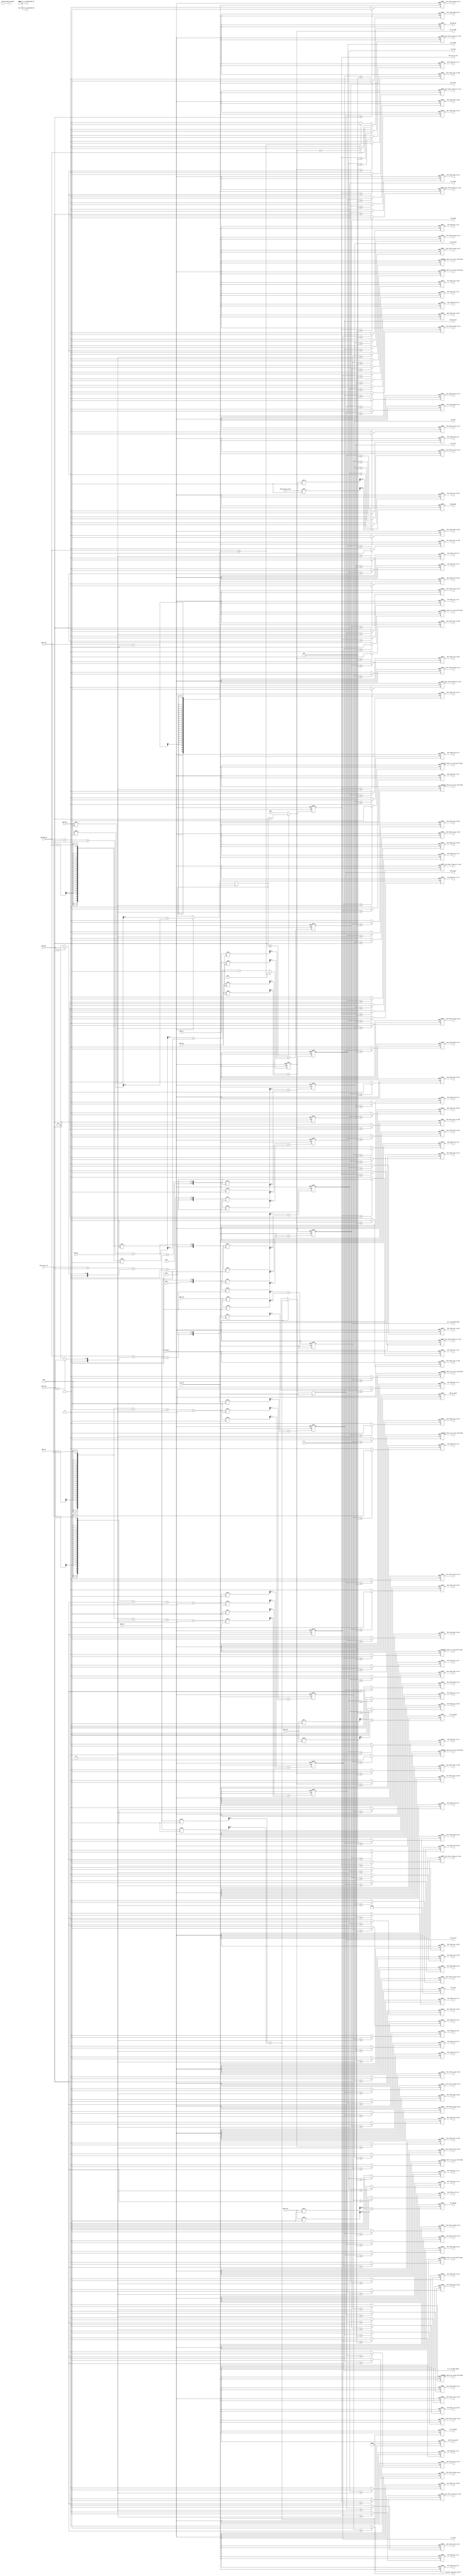
//Legal Notice: (C)2010 Altera Corporation. All rights reserved.  Your
//use of Altera Corporation's design tools, logic functions and other
//software and tools, and its AMPP partner logic functions, and any
//output files any of the foregoing (including device programming or
//simulation files), and any associated documentation or information are
//expressly subject to the terms and conditions of the Altera Program
//License Subscription Agreement or other applicable license agreement,
//including, without limitation, that your use is for the sole purpose
//of programming logic devices manufactured by Altera and sold by Altera
//or its authorized distributors.  Please refer to the applicable
//agreement for further details.

///////////////////////////////////////////////////////////////////////////////
// Title         : 
//
//
// Abstract      : 
///////////////////////////////////////////////////////////////////////////////

module alt_ddrx_timing_param #
    ( parameter
        MEM_IF_RD_TO_WR_TURNAROUND_OCT            = 0,
        MEM_IF_WR_TO_RD_TURNAROUND_OCT            = 0,
        MEM_IF_WR_TO_RD_DIFF_CHIPS_TURNAROUND_OCT = 0,
        
        MEM_TYPE                                  = "DDR3",
        
        DWIDTH_RATIO                              = 2,              // 2 - fullrate, 4 - halfrate
        MEMORY_BURSTLENGTH                        = 8,
        
        // timing parameters width
        CAS_WR_LAT_BUS_WIDTH                      = 4,              // max will be 8 in DDR3
        ADD_LAT_BUS_WIDTH                         = 3,              // max will be 6 in DDR2
        TCL_BUS_WIDTH                             = 4,              // max will be 11 in DDR3
        TRRD_BUS_WIDTH                            = 4,              // 2 - 8
        TFAW_BUS_WIDTH                            = 6,              // 6 - 32
        TRFC_BUS_WIDTH                            = 8,              // 12 - 140?
        TREFI_BUS_WIDTH                           = 13,             // 780 - 6240
        TRCD_BUS_WIDTH                            = 4,              // 2 - 11
        TRP_BUS_WIDTH                             = 4,              // 2 - 11
        TWR_BUS_WIDTH                             = 4,              // 2 - 12
        TWTR_BUS_WIDTH                            = 4,              // 1 - 10
        TRTP_BUS_WIDTH                            = 4,              // 2 - 8
        TRAS_BUS_WIDTH                            = 5,              // 4 - 29
        TRC_BUS_WIDTH                             = 6,              // 8 - 40
        AUTO_PD_BUS_WIDTH                         = 16,             // same as CSR
        
        BURST_LENGTH_BUS_WIDTH                    = 4,
        SELF_RFSH_EXIT_CYCLES_BUS_WIDTH           = 10,
        ACT_TO_RDWR_WIDTH                         = 4,
        ACT_TO_PCH_WIDTH                          = 5,
        ACT_TO_ACT_WIDTH                          = 6,
        RD_TO_RD_WIDTH                            = 3,
        RD_TO_WR_WIDTH                            = 5,
        RD_TO_WR_BC_WIDTH                         = 4,
        RD_TO_PCH_WIDTH                           = 4,
        WR_TO_WR_WIDTH                            = 3,
        WR_TO_RD_WIDTH                            = 5,
        WR_TO_PCH_WIDTH                           = 5,
        RD_AP_TO_ACT_WIDTH                        = 5,
        WR_AP_TO_ACT_WIDTH                        = 6,
        PCH_TO_ACT_WIDTH                          = 4,
        PCH_ALL_TO_VALID_WIDTH                    = 4,
        ARF_TO_VALID_WIDTH                        = 8,
        PDN_TO_VALID_WIDTH                        = 2,
        SRF_TO_VALID_WIDTH                        = 10,
        ARF_PERIOD_WIDTH                          = 13,
        PDN_PERIOD_WIDTH                          = 16,
        ACT_TO_ACT_DIFF_BANK_WIDTH                = 4,
        FOUR_ACT_TO_ACT_WIDTH                     = 6
    )
    (
        ctl_clk,
        ctl_reset_n,
        
        // timing parameters
        mem_cas_wr_lat,
        mem_add_lat,
        mem_tcl,
        mem_trrd,
        mem_tfaw,
        mem_trfc,
        mem_trefi,
        mem_trcd,
        mem_trp,
        mem_twr,
        mem_twtr,
        mem_trtp,
        mem_tras,
        mem_trc,
        mem_auto_pd_cycles,
        
        // timing value outputs
        mem_burst_length,
        mem_self_rfsh_exit_cycles,
        mem_rd_to_wr_turnaround_oct,
        mem_wr_to_rd_turnaround_oct,
        act_to_rdwr,
        act_to_pch,
        act_to_act,
        rd_to_rd,
        rd_to_wr,
        rd_to_wr_bc,
        rd_to_pch,
        wr_to_wr,
        wr_to_rd,
        wr_to_rd_diff_chips,
        wr_to_pch,
        rd_ap_to_act,
        wr_ap_to_act,
        pch_to_act,
        pch_all_to_valid,
        arf_to_valid,
        pdn_to_valid,
        srf_to_valid,
        srf_to_zq,
        arf_period,
        pdn_period,
        act_to_act_diff_bank,
        four_act_to_act,
        
        // timing value comparison outputs
        more_than_2_act_to_rdwr,
        more_than_2_act_to_pch,
        more_than_2_act_to_act,
        more_than_2_rd_to_rd,
        more_than_2_rd_to_wr,
        more_than_2_rd_to_wr_bc,
        more_than_2_rd_to_pch,
        more_than_2_wr_to_wr,
        more_than_2_wr_to_rd,
        more_than_2_wr_to_pch,
        more_than_2_rd_ap_to_act,
        more_than_2_wr_ap_to_act,
        more_than_2_pch_to_act,
        more_than_2_act_to_act_diff_bank,
        more_than_2_four_act_to_act,
        less_than_2_act_to_rdwr,
        less_than_2_act_to_pch,
        less_than_2_act_to_act,
        less_than_2_rd_to_rd,
        less_than_2_rd_to_wr,
        less_than_2_rd_to_wr_bc,
        less_than_2_rd_to_pch,
        less_than_2_wr_to_wr,
        less_than_2_wr_to_rd,
        less_than_2_wr_to_rd_diff_chips,
        less_than_2_wr_to_pch,
        less_than_2_rd_ap_to_act,
        less_than_2_wr_ap_to_act,
        less_than_2_pch_to_act,
        less_than_2_act_to_act_diff_bank,
        less_than_2_four_act_to_act,
        more_than_3_act_to_rdwr,
        more_than_3_act_to_pch,
        more_than_3_act_to_act,
        more_than_3_rd_to_rd,
        more_than_3_rd_to_wr,
        more_than_3_rd_to_wr_bc,
        more_than_3_rd_to_pch,
        more_than_3_wr_to_wr,
        more_than_3_wr_to_rd,
        more_than_3_wr_to_pch,
        more_than_3_rd_ap_to_act,
        more_than_3_wr_ap_to_act,
        more_than_3_pch_to_act,
        more_than_3_act_to_act_diff_bank,
        more_than_3_four_act_to_act,
        less_than_3_act_to_rdwr,
        less_than_3_act_to_pch,
        less_than_3_act_to_act,
        less_than_3_rd_to_rd,
        less_than_3_rd_to_wr,
        less_than_3_rd_to_wr_bc,
        less_than_3_rd_to_pch,
        less_than_3_wr_to_wr,
        less_than_3_wr_to_rd,
        less_than_3_wr_to_rd_diff_chips,
        less_than_3_wr_to_pch,
        less_than_3_rd_ap_to_act,
        less_than_3_wr_ap_to_act,
        less_than_3_pch_to_act,
        less_than_3_act_to_act_diff_bank,
        less_than_3_four_act_to_act,
        more_than_4_act_to_rdwr,
        more_than_4_act_to_pch,
        more_than_4_act_to_act,
        more_than_4_rd_to_rd,
        more_than_4_rd_to_wr,
        more_than_4_rd_to_wr_bc,
        more_than_4_rd_to_pch,
        more_than_4_wr_to_wr,
        more_than_4_wr_to_rd,
        more_than_4_wr_to_pch,
        more_than_4_rd_ap_to_act,
        more_than_4_wr_ap_to_act,
        more_than_4_pch_to_act,
        more_than_4_act_to_act_diff_bank,
        more_than_4_four_act_to_act,
        less_than_4_act_to_rdwr,
        less_than_4_act_to_pch,
        less_than_4_act_to_act,
        less_than_4_rd_to_rd,
        less_than_4_rd_to_wr,
        less_than_4_rd_to_wr_bc,
        less_than_4_rd_to_pch,
        less_than_4_wr_to_wr,
        less_than_4_wr_to_rd,
        less_than_4_wr_to_rd_diff_chips,
        less_than_4_wr_to_pch,
        less_than_4_rd_ap_to_act,
        less_than_4_wr_ap_to_act,
        less_than_4_pch_to_act,
        less_than_4_act_to_act_diff_bank,
        less_than_4_four_act_to_act,
        more_than_5_act_to_rdwr,
        more_than_5_act_to_pch,
        more_than_5_act_to_act,
        more_than_5_rd_to_rd,
        more_than_5_rd_to_wr,
        more_than_5_rd_to_wr_bc,
        more_than_5_rd_to_pch,
        more_than_5_wr_to_wr,
        more_than_5_wr_to_rd,
        more_than_5_wr_to_pch,
        more_than_5_rd_ap_to_act,
        more_than_5_wr_ap_to_act,
        more_than_5_pch_to_act,
        more_than_5_act_to_act_diff_bank,
        more_than_5_four_act_to_act,
        less_than_5_act_to_rdwr,
        less_than_5_act_to_pch,
        less_than_5_act_to_act,
        less_than_5_rd_to_rd,
        less_than_5_rd_to_wr,
        less_than_5_rd_to_wr_bc,
        less_than_5_rd_to_pch,
        less_than_5_wr_to_wr,
        less_than_5_wr_to_rd,
        less_than_5_wr_to_rd_diff_chips,
        less_than_5_wr_to_pch,
        less_than_5_rd_ap_to_act,
        less_than_5_wr_ap_to_act,
        less_than_5_pch_to_act,
        less_than_5_act_to_act_diff_bank,
        less_than_5_four_act_to_act,
        
        add_lat_on
    );

input  ctl_clk;
input  ctl_reset_n;

// timing parameters
input  [CAS_WR_LAT_BUS_WIDTH - 1 : 0] mem_cas_wr_lat;
input  [ADD_LAT_BUS_WIDTH    - 1 : 0] mem_add_lat;
input  [TCL_BUS_WIDTH        - 1 : 0] mem_tcl;
input  [TRRD_BUS_WIDTH       - 1 : 0] mem_trrd;
input  [TFAW_BUS_WIDTH       - 1 : 0] mem_tfaw;
input  [TRFC_BUS_WIDTH       - 1 : 0] mem_trfc;
input  [TREFI_BUS_WIDTH      - 1 : 0] mem_trefi;
input  [TRCD_BUS_WIDTH       - 1 : 0] mem_trcd;
input  [TRP_BUS_WIDTH        - 1 : 0] mem_trp;
input  [TWR_BUS_WIDTH        - 1 : 0] mem_twr;
input  [TWTR_BUS_WIDTH       - 1 : 0] mem_twtr;
input  [TRTP_BUS_WIDTH       - 1 : 0] mem_trtp;
input  [TRAS_BUS_WIDTH       - 1 : 0] mem_tras;
input  [TRC_BUS_WIDTH        - 1 : 0] mem_trc;
input  [AUTO_PD_BUS_WIDTH    - 1 : 0] mem_auto_pd_cycles;

// timing value outputs
output [BURST_LENGTH_BUS_WIDTH          - 1 : 0] mem_burst_length;
output [SELF_RFSH_EXIT_CYCLES_BUS_WIDTH - 1 : 0] mem_self_rfsh_exit_cycles;
output [RD_TO_WR_WIDTH                  - 1 : 0] mem_rd_to_wr_turnaround_oct;
output [WR_TO_RD_WIDTH                  - 1 : 0] mem_wr_to_rd_turnaround_oct;
output [ACT_TO_RDWR_WIDTH               - 1 : 0] act_to_rdwr;
output [ACT_TO_PCH_WIDTH                - 1 : 0] act_to_pch;
output [ACT_TO_ACT_WIDTH                - 1 : 0] act_to_act;
output [RD_TO_RD_WIDTH                  - 1 : 0] rd_to_rd;
output [RD_TO_WR_WIDTH                  - 1 : 0] rd_to_wr;
output [RD_TO_WR_BC_WIDTH               - 1 : 0] rd_to_wr_bc;
output [RD_TO_PCH_WIDTH                 - 1 : 0] rd_to_pch;
output [WR_TO_WR_WIDTH                  - 1 : 0] wr_to_wr;
output [WR_TO_RD_WIDTH                  - 1 : 0] wr_to_rd;
output [WR_TO_RD_WIDTH                  - 1 : 0] wr_to_rd_diff_chips;
output [WR_TO_PCH_WIDTH                 - 1 : 0] wr_to_pch;
output [RD_AP_TO_ACT_WIDTH              - 1 : 0] rd_ap_to_act;
output [WR_AP_TO_ACT_WIDTH              - 1 : 0] wr_ap_to_act;
output [PCH_TO_ACT_WIDTH                - 1 : 0] pch_to_act;
output [PCH_ALL_TO_VALID_WIDTH          - 1 : 0] pch_all_to_valid;
output [ARF_TO_VALID_WIDTH              - 1 : 0] arf_to_valid;
output [PDN_TO_VALID_WIDTH              - 1 : 0] pdn_to_valid;
output [SRF_TO_VALID_WIDTH              - 1 : 0] srf_to_valid;
output [SRF_TO_VALID_WIDTH              - 1 : 0] srf_to_zq;
output [ARF_PERIOD_WIDTH                - 1 : 0] arf_period;
output [PDN_PERIOD_WIDTH                - 1 : 0] pdn_period;
output [ACT_TO_ACT_DIFF_BANK_WIDTH      - 1 : 0] act_to_act_diff_bank;
output [FOUR_ACT_TO_ACT_WIDTH           - 1 : 0] four_act_to_act;

// timing value comparison outputs
output more_than_2_act_to_rdwr;
output more_than_2_act_to_pch;
output more_than_2_act_to_act;
output more_than_2_rd_to_rd;
output more_than_2_rd_to_wr;
output more_than_2_rd_to_wr_bc;
output more_than_2_rd_to_pch;
output more_than_2_wr_to_wr;
output more_than_2_wr_to_rd;
output more_than_2_wr_to_pch;
output more_than_2_rd_ap_to_act;
output more_than_2_wr_ap_to_act;
output more_than_2_pch_to_act;
output more_than_2_act_to_act_diff_bank;
output more_than_2_four_act_to_act;
output less_than_2_act_to_rdwr;
output less_than_2_act_to_pch;
output less_than_2_act_to_act;
output less_than_2_rd_to_rd;
output less_than_2_rd_to_wr;
output less_than_2_rd_to_wr_bc;
output less_than_2_rd_to_pch;
output less_than_2_wr_to_wr;
output less_than_2_wr_to_rd;
output less_than_2_wr_to_rd_diff_chips;
output less_than_2_wr_to_pch;
output less_than_2_rd_ap_to_act;
output less_than_2_wr_ap_to_act;
output less_than_2_pch_to_act;
output less_than_2_act_to_act_diff_bank;
output less_than_2_four_act_to_act;
output more_than_3_act_to_rdwr;
output more_than_3_act_to_pch;
output more_than_3_act_to_act;
output more_than_3_rd_to_rd;
output more_than_3_rd_to_wr;
output more_than_3_rd_to_wr_bc;
output more_than_3_rd_to_pch;
output more_than_3_wr_to_wr;
output more_than_3_wr_to_rd;
output more_than_3_wr_to_pch;
output more_than_3_rd_ap_to_act;
output more_than_3_wr_ap_to_act;
output more_than_3_pch_to_act;
output more_than_3_act_to_act_diff_bank;
output more_than_3_four_act_to_act;
output less_than_3_act_to_rdwr;
output less_than_3_act_to_pch;
output less_than_3_act_to_act;
output less_than_3_rd_to_rd;
output less_than_3_rd_to_wr;
output less_than_3_rd_to_wr_bc;
output less_than_3_rd_to_pch;
output less_than_3_wr_to_wr;
output less_than_3_wr_to_rd;
output less_than_3_wr_to_rd_diff_chips;
output less_than_3_wr_to_pch;
output less_than_3_rd_ap_to_act;
output less_than_3_wr_ap_to_act;
output less_than_3_pch_to_act;
output less_than_3_act_to_act_diff_bank;
output less_than_3_four_act_to_act;
output more_than_4_act_to_rdwr;
output more_than_4_act_to_pch;
output more_than_4_act_to_act;
output more_than_4_rd_to_rd;
output more_than_4_rd_to_wr;
output more_than_4_rd_to_wr_bc;
output more_than_4_rd_to_pch;
output more_than_4_wr_to_wr;
output more_than_4_wr_to_rd;
output more_than_4_wr_to_pch;
output more_than_4_rd_ap_to_act;
output more_than_4_wr_ap_to_act;
output more_than_4_pch_to_act;
output more_than_4_act_to_act_diff_bank;
output more_than_4_four_act_to_act;
output less_than_4_act_to_rdwr;
output less_than_4_act_to_pch;
output less_than_4_act_to_act;
output less_than_4_rd_to_rd;
output less_than_4_rd_to_wr;
output less_than_4_rd_to_wr_bc;
output less_than_4_rd_to_pch;
output less_than_4_wr_to_wr;
output less_than_4_wr_to_rd;
output less_than_4_wr_to_rd_diff_chips;
output less_than_4_wr_to_pch;
output less_than_4_rd_ap_to_act;
output less_than_4_wr_ap_to_act;
output less_than_4_pch_to_act;
output less_than_4_act_to_act_diff_bank;
output less_than_4_four_act_to_act;
output more_than_5_act_to_rdwr;
output more_than_5_act_to_pch;
output more_than_5_act_to_act;
output more_than_5_rd_to_rd;
output more_than_5_rd_to_wr;
output more_than_5_rd_to_wr_bc;
output more_than_5_rd_to_pch;
output more_than_5_wr_to_wr;
output more_than_5_wr_to_rd;
output more_than_5_wr_to_pch;
output more_than_5_rd_ap_to_act;
output more_than_5_wr_ap_to_act;
output more_than_5_pch_to_act;
output more_than_5_act_to_act_diff_bank;
output more_than_5_four_act_to_act;
output less_than_5_act_to_rdwr;
output less_than_5_act_to_pch;
output less_than_5_act_to_act;
output less_than_5_rd_to_rd;
output less_than_5_rd_to_wr;
output less_than_5_rd_to_wr_bc;
output less_than_5_rd_to_pch;
output less_than_5_wr_to_wr;
output less_than_5_wr_to_rd;
output less_than_5_wr_to_rd_diff_chips;
output less_than_5_wr_to_pch;
output less_than_5_rd_ap_to_act;
output less_than_5_wr_ap_to_act;
output less_than_5_pch_to_act;
output less_than_5_act_to_act_diff_bank;
output less_than_5_four_act_to_act;

output add_lat_on;

//---------------------------------------------------------------------------------------------------------------------------------------------------------------------------

/*------------------------------------------------------------------------------

    [START] Timing Parameters

------------------------------------------------------------------------------*/
    wire [BURST_LENGTH_BUS_WIDTH          - 1 : 0] mem_burst_length                       = MEMORY_BURSTLENGTH;
    wire [SELF_RFSH_EXIT_CYCLES_BUS_WIDTH - 1 : 0] mem_self_rfsh_exit_cycles              = (MEM_TYPE == "DDR3") ? 520 : 210; // added extra cycles
    
    wire [RD_TO_WR_WIDTH                  - 1 : 0] mem_rd_to_wr_turnaround_oct            = MEM_IF_RD_TO_WR_TURNAROUND_OCT;
    wire [WR_TO_RD_WIDTH                  - 1 : 0] mem_wr_to_rd_turnaround_oct            = MEM_IF_WR_TO_RD_TURNAROUND_OCT;
    wire [WR_TO_RD_WIDTH                  - 1 : 0] mem_wr_to_rd_diff_chips_turnaround_oct = MEM_IF_WR_TO_RD_DIFF_CHIPS_TURNAROUND_OCT;
    
    // activate
    reg [ACT_TO_RDWR_WIDTH                - 1 : 0] act_to_rdwr;
    reg [ACT_TO_PCH_WIDTH                 - 1 : 0] act_to_pch;
    reg [ACT_TO_ACT_WIDTH                 - 1 : 0] act_to_act;
    
    // read
    reg [RD_TO_RD_WIDTH                   - 1 : 0] rd_to_rd;
    reg [RD_TO_WR_WIDTH                   - 1 : 0] rd_to_wr;
    reg [RD_TO_WR_BC_WIDTH                - 1 : 0] rd_to_wr_bc;           // Burst chop support, only affects DDR3 RD - WR
    reg [RD_TO_PCH_WIDTH                  - 1 : 0] rd_to_pch;
    
    // write
    reg [WR_TO_WR_WIDTH                   - 1 : 0] wr_to_wr;
    reg [WR_TO_RD_WIDTH                   - 1 : 0] wr_to_rd;
    reg [WR_TO_RD_WIDTH                   - 1 : 0] wr_to_rd_diff_chips;
    reg [WR_TO_PCH_WIDTH                  - 1 : 0] wr_to_pch;
    
    // auto precharge
    reg [RD_AP_TO_ACT_WIDTH               - 1 : 0] rd_ap_to_act;
    reg [WR_AP_TO_ACT_WIDTH               - 1 : 0] wr_ap_to_act;
    
    // precharge
    reg [PCH_TO_ACT_WIDTH                 - 1 : 0] pch_to_act;
    reg [PCH_ALL_TO_VALID_WIDTH           - 1 : 0] pch_all_to_valid;
    
    // others
    reg [ARF_TO_VALID_WIDTH               - 1 : 0] arf_to_valid;           // tRFC
    reg [PDN_TO_VALID_WIDTH               - 1 : 0] pdn_to_valid;           // power down exit time, not used currently
    reg [SRF_TO_VALID_WIDTH               - 1 : 0] srf_to_valid;           // self refresh exit time
    reg [SRF_TO_VALID_WIDTH               - 1 : 0] srf_to_zq;              // self refresh to ZQ calibration
    
    reg [ARF_PERIOD_WIDTH                 - 1 : 0] arf_period;             // tREFI
    reg [PDN_PERIOD_WIDTH                 - 1 : 0] pdn_period;             // will request power down if controller is idle for X number of clock cycles
    reg [ACT_TO_ACT_DIFF_BANK_WIDTH       - 1 : 0] act_to_act_diff_bank;   // tRRD
    reg [FOUR_ACT_TO_ACT_WIDTH            - 1 : 0] four_act_to_act;        // tFAW
    
    reg [FOUR_ACT_TO_ACT_WIDTH            - 1 : 0] temp_four_act_to_act;
    
    reg                                            add_lat_on;
    
    // DIV is a divider for our timinf parameters, DIV will be '1' in fullrate and '2' in halfrate
    localparam DIV = DWIDTH_RATIO / 2;
    
    // All timing parameters will be divided by DIV and added with modulo of DIV
    // This is to maximize out timing parameter in our halfrate memory controller
    // eg: if we have 5 + 4 + 3 = 12 which is an odd number, the desired value we need in halfrate is 6
    // we don't want to divide all timing parameters in Java by '2'
    // because this will result in 3 + 2 + 2 = 7 (5/2 gives 3 because we don't want any floating points in RTL)
    
    // Common timing parameters
    always @ (posedge ctl_clk or negedge ctl_reset_n)
    begin
        if (!ctl_reset_n)
        begin
            act_to_rdwr          <= 0;
            act_to_pch           <= 0;
            act_to_act           <= 0;
            arf_to_valid         <= 0;
            pdn_to_valid         <= 0;
            srf_to_valid         <= 0;
            arf_period           <= 0;
            pdn_period           <= 0;
            act_to_act_diff_bank <= 0;
            four_act_to_act      <= 0;
        end
        else
        begin
            // Set act_to_rdwr to zero when additive latency is enabled
            if (mem_add_lat >= (mem_trcd - 1))
                act_to_rdwr      <= 0;
            else
                act_to_rdwr      <= ((mem_trcd - mem_add_lat)  / DIV) + ((mem_trcd - mem_add_lat)  % DIV) - 1;   // ACT to RD/WR                         - tRCD (minus '1' because state machine requires another extra clock cycle for pre-processing)
            
            
            act_to_pch           <= (mem_tras                  / DIV) + (mem_tras                  % DIV);       // ACT to PCH                           - tRAS
            act_to_act           <= (mem_trc                   / DIV) + (mem_trc                   % DIV);       // ACT to ACT (same bank)               - tRC
            
            pch_to_act           <= (mem_trp                   / DIV) + (mem_trp                   % DIV);       // PCH to ACT                           - tRP
            
            arf_to_valid         <= (mem_trfc                  / DIV) + (mem_trfc                  % DIV);       // ARF to VALID                         - tRFC
            pdn_to_valid         <= (3                         / DIV) + (3                         % DIV);       // PDN to VALID                         - normally 3 clock cycles
            srf_to_valid         <= (mem_self_rfsh_exit_cycles / DIV) + (mem_self_rfsh_exit_cycles % DIV);       // SRF to VALID                         - normally 200 clock cycles
            
            arf_period           <= (mem_trefi                 / DIV) + (mem_trefi                 % DIV);       // ARF period                           - tREFI
            pdn_period           <= (mem_auto_pd_cycles        / DIV) + (mem_auto_pd_cycles        % DIV);       // PDN count after CMD_QUEUE is empty   - spepcified by users, 10 maybe?
            act_to_act_diff_bank <= (mem_trrd                  / DIV) + (mem_trrd                  % DIV);       // ACT to ACT (diff banks)              - tRRD
            
            temp_four_act_to_act <= (mem_tfaw                  / DIV) + (mem_tfaw                  % DIV);
            
            // Prevent four_act_to_act from getting negative value
            if (temp_four_act_to_act >= 4)
                four_act_to_act <= temp_four_act_to_act - 4;                                                     // Valid window for 4 ACT               - tFAW (minus '4' because of the tFAW logic)
            else
                four_act_to_act <= 0;
        end
    end
    
    
    // Memory specific timing parameters
    generate
        if (MEM_TYPE == "DDR")
        begin
            always @ (posedge ctl_clk or negedge ctl_reset_n)
            begin
                if (!ctl_reset_n)
                begin
                    rd_to_rd            <= 0;
                    rd_to_wr            <= 0;
                    rd_to_pch           <= 0;
                    rd_ap_to_act        <= 0;
                    wr_to_wr            <= 0;
                    wr_to_rd            <= 0;
                    wr_to_pch           <= 0;
                    wr_ap_to_act        <= 0;
                    wr_to_rd_diff_chips <= 0;
                    pch_all_to_valid    <= 0;
                end
                else
                begin
                    rd_to_rd            <= ((mem_burst_length / 2) / DIV);                                                                                                                                                          // RD to RD     - tCCD
                    rd_to_wr            <= ((mem_tcl + (mem_burst_length / 2) + mem_rd_to_wr_turnaround_oct) / DIV) + ((mem_tcl + (mem_burst_length / 2) + mem_rd_to_wr_turnaround_oct) % DIV);                 // RD to WR     - CAS + (BL/2)
                    rd_to_pch           <= ((mem_burst_length / 2) / DIV);                                                                                                                                      // RD to PCH    - (BL/2)
                    rd_ap_to_act        <= (((mem_burst_length / 2) + mem_trp) / DIV) + (((mem_burst_length / 2) + mem_trp) % DIV);
                    
                    wr_to_wr            <= ((mem_burst_length / 2) / DIV);                                                                                                                                                          // WR to WR     - tCCD
                    wr_to_rd            <= ((1 + (mem_burst_length / 2) + mem_twtr + mem_wr_to_rd_turnaround_oct) / DIV) + ((1 + (mem_burst_length / 2) + mem_twtr + mem_wr_to_rd_turnaround_oct) % DIV);       // WR to RD     - WL + (BL/2) + tWTR (WL is always 1 in DDR)
                    wr_to_pch           <= ((1 + (mem_burst_length / 2) + mem_twr) / DIV) + ((1 + (mem_burst_length / 2) + mem_twr) % DIV);                                                                     // WR to PCH    - WL + (BL/2) + tWR
                    wr_ap_to_act        <= ((1 + (mem_burst_length / 2) + mem_twr + mem_trp) / DIV) + ((1 + (mem_burst_length / 2) + mem_twr + mem_trp) % DIV);
                    
                    wr_to_rd_diff_chips <= (((mem_burst_length / 2) + 3 + mem_wr_to_rd_diff_chips_turnaround_oct) / DIV) + (((mem_burst_length / 2) + 3 + mem_wr_to_rd_diff_chips_turnaround_oct) % DIV);       // WR to RD different rank  - (WL - RL) + (BL/2) + 2 (dead cycles)
                    
                    pch_all_to_valid    <= (mem_trp / DIV) + (mem_trp % DIV);
                end
            end
        end
        else if (MEM_TYPE == "DDR2")
        begin
            always @ (posedge ctl_clk or negedge ctl_reset_n)
            begin
                if (!ctl_reset_n)
                begin
                    rd_to_rd            <= 0;
                    rd_to_wr            <= 0;
                    rd_to_pch           <= 0;
                    rd_ap_to_act        <= 0;
                    wr_to_wr            <= 0;
                    wr_to_rd            <= 0;
                    wr_to_pch           <= 0;
                    wr_ap_to_act        <= 0;
                    wr_to_rd_diff_chips <= 0;
                    pch_all_to_valid    <= 0;
                end
                else
                begin
                    rd_to_rd            <= ((mem_burst_length / 2) / DIV); // tCCD is 2 but we set to 4 because we do burst length of 8
                    rd_to_wr            <= (((mem_burst_length / 2) + 2 + mem_rd_to_wr_turnaround_oct) / DIV) + (((mem_burst_length / 2) + 2 + mem_rd_to_wr_turnaround_oct) % DIV);
                    rd_to_pch           <= ((mem_add_lat + (mem_burst_length / 2) - 2 + max(mem_trtp, 2)) / DIV) + ((mem_add_lat + (mem_burst_length / 2) - 2 + max(mem_trtp, 2)) % DIV);
                    rd_ap_to_act        <= ((mem_add_lat + (mem_burst_length / 2) - 2 + max(mem_trtp, 2) + mem_trp) / DIV) + ((mem_add_lat + (mem_burst_length / 2) - 2 + max(mem_trtp, 2) + mem_trp) % DIV);
                    
                    wr_to_wr            <= ((mem_burst_length / 2) / DIV); // tCCD is 2 but we set to 4 because we do burst length of 8
                    wr_to_rd            <= ((mem_tcl - 1 + (mem_burst_length / 2) + mem_twtr + mem_wr_to_rd_turnaround_oct) / DIV) + ((mem_tcl - 1 + (mem_burst_length / 2) + mem_twtr + mem_wr_to_rd_turnaround_oct) % DIV); // removed add lat because write and read is CAS command (add lat)
                    wr_to_pch           <= ((mem_add_lat + mem_tcl - 1 + (mem_burst_length / 2) + mem_twr) / DIV) + ((mem_add_lat + mem_tcl - 1 + (mem_burst_length / 2) + mem_twr) % DIV);
                    wr_ap_to_act        <= ((mem_add_lat + mem_tcl - 1 + (mem_burst_length / 2) + mem_twr + mem_trp) / DIV) + ((mem_add_lat + mem_tcl - 1 + (mem_burst_length / 2) + mem_twr + mem_trp) % DIV);
                    
                    wr_to_rd_diff_chips <= (((mem_burst_length / 2) + 1 + mem_wr_to_rd_diff_chips_turnaround_oct) / DIV) + (((mem_burst_length / 2) + 1 + mem_wr_to_rd_diff_chips_turnaround_oct) % DIV);
                    
                    pch_all_to_valid    <= ((mem_trp + 1) / DIV) + ((mem_trp + 1) % DIV); // tRPA = tRP + 1
                end
            end
        end
        else if (MEM_TYPE == "DDR3")
        begin
            always @ (posedge ctl_clk or negedge ctl_reset_n)
            begin
                if (!ctl_reset_n)
                begin
                    rd_to_rd            <= 0;
                    rd_to_wr            <= 0;
                    rd_to_wr_bc         <= 0;
                    rd_to_pch           <= 0;
                    rd_ap_to_act        <= 0;
                    wr_to_wr            <= 0;
                    wr_to_rd            <= 0;
                    wr_to_pch           <= 0;
                    wr_ap_to_act        <= 0;
                    wr_to_rd_diff_chips <= 0;
                    pch_all_to_valid    <= 0;
                    
                    srf_to_zq           <= 0; // DDR3 specific
                end
                else
                begin
                    rd_to_rd            <= ((mem_burst_length / 2) / DIV);
                    rd_to_wr            <= ((mem_tcl - mem_cas_wr_lat + 4 + 2 + mem_rd_to_wr_turnaround_oct) / DIV) + ((mem_tcl - mem_cas_wr_lat + 4 + 2 + mem_rd_to_wr_turnaround_oct) % DIV); // cas lat - cas wr lat + tCCD + 2
                    rd_to_wr_bc         <= ((mem_tcl - mem_cas_wr_lat + 2 + 2 + mem_rd_to_wr_turnaround_oct) / DIV) + ((mem_tcl - mem_cas_wr_lat + 2 + 2 + mem_rd_to_wr_turnaround_oct) % DIV); // tCCD/2 <= 2
                    rd_to_pch           <= ((mem_add_lat + max(mem_trtp, 4)) / DIV) + ((mem_add_lat + max(mem_trtp, 4)) % DIV);
                    rd_ap_to_act        <= ((mem_add_lat + max(mem_trtp, 4) + mem_trp) / DIV) + ((mem_add_lat + max(mem_trtp, 4) + mem_trp) % DIV);
                    
                    wr_to_wr            <= ((mem_burst_length / 2) / DIV);
                    wr_to_rd            <= ((mem_cas_wr_lat + (mem_burst_length / 2) + max(mem_twtr, 4) + mem_wr_to_rd_turnaround_oct) / DIV) + ((mem_cas_wr_lat + (mem_burst_length / 2) + max(mem_twtr, 4) + mem_wr_to_rd_turnaround_oct) % DIV); // reported by Denali, WR to RD delay is add_lat + cas_wr_lat + (bl/2) + max(tCCD or tWTR)
                    wr_to_pch           <= ((mem_add_lat + mem_cas_wr_lat + (mem_burst_length / 2) + mem_twr) / DIV) + ((mem_add_lat + mem_cas_wr_lat + (mem_burst_length / 2) + mem_twr) % DIV);
                    wr_ap_to_act        <= ((mem_add_lat + mem_cas_wr_lat + (mem_burst_length / 2) + mem_twr + mem_trp) / DIV) + ((mem_add_lat + mem_cas_wr_lat + (mem_burst_length / 2) + mem_twr + mem_trp) % DIV);
                    
                    wr_to_rd_diff_chips <= (((mem_cas_wr_lat - mem_tcl) + (mem_burst_length / 2) + 2 + mem_wr_to_rd_diff_chips_turnaround_oct) / DIV) + (((mem_cas_wr_lat - mem_tcl) + (mem_burst_length / 2) + 2 + mem_wr_to_rd_diff_chips_turnaround_oct) % DIV);
                    
                    pch_all_to_valid    <= (mem_trp / DIV) + (mem_trp % DIV);
                    
                    srf_to_zq           <= (256 / DIV);
                end
            end
        end
    endgenerate
    
    // function to determine max of 2 inputs
    function [WR_TO_RD_WIDTH - 1 : 0] max;
        input [WR_TO_RD_WIDTH - 1 : 0] value1;
        input [WR_TO_RD_WIDTH - 1 : 0] value2;
        begin
            if (value1 > value2)
                max = value1;
            else
                max = value2;
        end
    endfunction
    
    // indicate additive latency is on to state machine
    always @ (posedge ctl_clk or negedge ctl_reset_n)
    begin
        if (!ctl_reset_n)
        begin
            add_lat_on <= 1'b0;
        end
        else
        begin
            if (mem_add_lat == 0)
            begin
                if (act_to_rdwr == 0)
                    add_lat_on <= 1'b1;
                else
                    add_lat_on <= 1'b0;
            end
            else
            begin
                // if AL is greater than tRCD-1, then we can do back to back activate-read/write
                if (mem_add_lat >= (mem_trcd - 1))
                    add_lat_on <= 1'b1;
                else
                    add_lat_on <= 1'b0;
            end
        end
    end
/*------------------------------------------------------------------------------

    [END] Timing Parameters

------------------------------------------------------------------------------*/

//---------------------------------------------------------------------------------------------------------------------------------------------------------------------------

/*------------------------------------------------------------------------------

    [START] More / Less Compare Logic

------------------------------------------------------------------------------*/
    // more/less than N signal, this signal will be used in timer block, this will reduce timing violation
    // because we will abstract away the comparator and set the compared value in a register
    reg more_than_2_act_to_rdwr;
    reg more_than_2_act_to_pch;
    reg more_than_2_act_to_act;
    reg more_than_2_rd_to_rd;
    reg more_than_2_rd_to_wr;
    reg more_than_2_rd_to_wr_bc;
    reg more_than_2_rd_to_pch;
    reg more_than_2_wr_to_wr;
    reg more_than_2_wr_to_rd;
    reg more_than_2_wr_to_pch;
    reg more_than_2_rd_ap_to_act;
    reg more_than_2_wr_ap_to_act;
    reg more_than_2_pch_to_act;
    reg more_than_2_act_to_act_diff_bank;
    reg more_than_2_four_act_to_act;
    
    always @ (posedge ctl_clk or negedge ctl_reset_n)
    begin
        if (!ctl_reset_n)
        begin
            more_than_2_act_to_rdwr          <= 1'b0;
            more_than_2_act_to_pch           <= 1'b0;
            more_than_2_act_to_act           <= 1'b0;
            more_than_2_rd_to_rd             <= 1'b0;
            more_than_2_rd_to_wr             <= 1'b0;
            more_than_2_rd_to_wr_bc          <= 1'b0;
            more_than_2_rd_to_pch            <= 1'b0;
            more_than_2_wr_to_wr             <= 1'b0;
            more_than_2_wr_to_rd             <= 1'b0;
            more_than_2_wr_to_pch            <= 1'b0;
            more_than_2_rd_ap_to_act         <= 1'b0;
            more_than_2_wr_ap_to_act         <= 1'b0;
            more_than_2_pch_to_act           <= 1'b0;
            more_than_2_act_to_act_diff_bank <= 1'b0;
            more_than_2_four_act_to_act      <= 1'b0;
        end
        else
        begin
            // act_to_rdwr
            if (act_to_rdwr >= 2)
                more_than_2_act_to_rdwr <= 1'b1;
            else
                more_than_2_act_to_rdwr <= 1'b0;
            
            // act_to_pch
            if (act_to_pch >= 2)
                more_than_2_act_to_pch <= 1'b1;
            else
                more_than_2_act_to_pch <= 1'b0;
            
            // act_to_act
            if (act_to_act >= 2)
                more_than_2_act_to_act <= 1'b1;
            else
                more_than_2_act_to_act <= 1'b0;
            
            // rd_to_rd
            if (rd_to_rd >= 2)
                more_than_2_rd_to_rd <= 1'b1;
            else
                more_than_2_rd_to_rd <= 1'b0;
            
            // rd_to_wr
            if (rd_to_wr >= 2)
                more_than_2_rd_to_wr <= 1'b1;
            else
                more_than_2_rd_to_wr <= 1'b0;
            
            // rd_to_wr_bc
            if (rd_to_wr_bc >= 2)
                more_than_2_rd_to_wr_bc <= 1'b1;
            else
                more_than_2_rd_to_wr_bc <= 1'b0;
            
            // rd_to_pch
            if (rd_to_pch >= 2)
                more_than_2_rd_to_pch <= 1'b1;
            else
                more_than_2_rd_to_pch <= 1'b0;
            
            // wr_to_wr
            if (wr_to_wr >= 2)
                more_than_2_wr_to_wr <= 1'b1;
            else
                more_than_2_wr_to_wr <= 1'b0;
            
            // wr_to_rd
            if (wr_to_rd >= 2)
                more_than_2_wr_to_rd <= 1'b1;
            else
                more_than_2_wr_to_rd <= 1'b0;
            
            // wr_to_pch
            if (wr_to_pch >= 2)
                more_than_2_wr_to_pch <= 1'b1;
            else
                more_than_2_wr_to_pch <= 1'b0;
            
            // rd_ap_to_act
            if (rd_ap_to_act >= 2)
                more_than_2_rd_ap_to_act <= 1'b1;
            else
                more_than_2_rd_ap_to_act <= 1'b0;
            
            // wr_ap_to_act
            if (wr_ap_to_act >= 2)
                more_than_2_wr_ap_to_act <= 1'b1;
            else
                more_than_2_wr_ap_to_act <= 1'b0;
            
            // pch_to_act
            if (pch_to_act >= 2)
                more_than_2_pch_to_act <= 1'b1;
            else
                more_than_2_pch_to_act <= 1'b0;
            
            // act_to_act_diff_bank
            if (act_to_act_diff_bank >= 2)
                more_than_2_act_to_act_diff_bank <= 1'b1;
            else
                more_than_2_act_to_act_diff_bank <= 1'b0;
            
            // four_act_to_act
            if (four_act_to_act >= 2)
                more_than_2_four_act_to_act <= 1'b1;
            else
                more_than_2_four_act_to_act <= 1'b0;
        end
    end
    
    reg less_than_2_act_to_rdwr;
    reg less_than_2_act_to_pch;
    reg less_than_2_act_to_act;
    reg less_than_2_rd_to_rd;
    reg less_than_2_rd_to_wr;
    reg less_than_2_rd_to_wr_bc;
    reg less_than_2_rd_to_pch;
    reg less_than_2_wr_to_wr;
    reg less_than_2_wr_to_rd;
    reg less_than_2_wr_to_rd_diff_chips;
    reg less_than_2_wr_to_pch;
    reg less_than_2_rd_ap_to_act;
    reg less_than_2_wr_ap_to_act;
    reg less_than_2_pch_to_act;
    reg less_than_2_act_to_act_diff_bank;
    reg less_than_2_four_act_to_act;
    
    always @ (posedge ctl_clk or negedge ctl_reset_n)
    begin
        if (!ctl_reset_n)
        begin
            less_than_2_act_to_rdwr          <= 1'b0;
            less_than_2_act_to_pch           <= 1'b0;
            less_than_2_act_to_act           <= 1'b0;
            less_than_2_rd_to_rd             <= 1'b0;
            less_than_2_rd_to_wr             <= 1'b0;
            less_than_2_rd_to_wr_bc          <= 1'b0;
            less_than_2_rd_to_pch            <= 1'b0;
            less_than_2_wr_to_wr             <= 1'b0;
            less_than_2_wr_to_rd             <= 1'b0;
            less_than_2_wr_to_rd_diff_chips  <= 1'b0;
            less_than_2_wr_to_pch            <= 1'b0;
            less_than_2_rd_ap_to_act         <= 1'b0;
            less_than_2_wr_ap_to_act         <= 1'b0;
            less_than_2_pch_to_act           <= 1'b0;
            less_than_2_act_to_act_diff_bank <= 1'b0;
            less_than_2_four_act_to_act      <= 1'b0;
        end
        else
        begin
            // act_to_rdwr
            if (act_to_rdwr <= 2)
                less_than_2_act_to_rdwr <= 1'b1;
            else
                less_than_2_act_to_rdwr <= 1'b0;
            
            // act_to_pch
            if (act_to_pch <= 2)
                less_than_2_act_to_pch <= 1'b1;
            else
                less_than_2_act_to_pch <= 1'b0;
            
            // act_to_act
            if (act_to_act <= 2)
                less_than_2_act_to_act <= 1'b1;
            else
                less_than_2_act_to_act <= 1'b0;
            
            // rd_to_rd
            if (rd_to_rd <= 2)
                less_than_2_rd_to_rd <= 1'b1;
            else
                less_than_2_rd_to_rd <= 1'b0;
            
            // rd_to_wr
            if (rd_to_wr <= 2)
                less_than_2_rd_to_wr <= 1'b1;
            else
                less_than_2_rd_to_wr <= 1'b0;
            
            // rd_to_wr_bc
            if (rd_to_wr_bc <= 2)
                less_than_2_rd_to_wr_bc <= 1'b1;
            else
                less_than_2_rd_to_wr_bc <= 1'b0;
            
            // rd_to_pch
            if (rd_to_pch <= 2)
                less_than_2_rd_to_pch <= 1'b1;
            else
                less_than_2_rd_to_pch <= 1'b0;
            
            // wr_to_wr
            if (wr_to_wr <= 2)
                less_than_2_wr_to_wr <= 1'b1;
            else
                less_than_2_wr_to_wr <= 1'b0;
            
            // wr_to_rd
            if (wr_to_rd <= 2)
                less_than_2_wr_to_rd <= 1'b1;
            else
                less_than_2_wr_to_rd <= 1'b0;
            
            // wr_to_rd_diff_chips
            if (wr_to_rd_diff_chips <= 2)
                less_than_2_wr_to_rd_diff_chips <= 1'b1;
            else
                less_than_2_wr_to_rd_diff_chips <= 1'b0;
            
            // wr_to_pch
            if (wr_to_pch <= 2)
                less_than_2_wr_to_pch <= 1'b1;
            else
                less_than_2_wr_to_pch <= 1'b0;
            
            // rd_ap_to_act
            if (rd_ap_to_act <= 2)
                less_than_2_rd_ap_to_act <= 1'b1;
            else
                less_than_2_rd_ap_to_act <= 1'b0;
            
            // wr_ap_to_act
            if (wr_ap_to_act <= 2)
                less_than_2_wr_ap_to_act <= 1'b1;
            else
                less_than_2_wr_ap_to_act <= 1'b0;
            
            // pch_to_act
            if (pch_to_act <= 2)
                less_than_2_pch_to_act <= 1'b1;
            else
                less_than_2_pch_to_act <= 1'b0;
            
            // act_to_act_diff_bank
            if (act_to_act_diff_bank <= 2)
                less_than_2_act_to_act_diff_bank <= 1'b1;
            else
                less_than_2_act_to_act_diff_bank <= 1'b0;
            
            // four_act_to_act
            if (four_act_to_act <= 2)
                less_than_2_four_act_to_act <= 1'b1;
            else
                less_than_2_four_act_to_act <= 1'b0;
        end
    end
    
    reg more_than_3_act_to_rdwr;
    reg more_than_3_act_to_pch;
    reg more_than_3_act_to_act;
    reg more_than_3_rd_to_rd;
    reg more_than_3_rd_to_wr;
    reg more_than_3_rd_to_wr_bc;
    reg more_than_3_rd_to_pch;
    reg more_than_3_wr_to_wr;
    reg more_than_3_wr_to_rd;
    reg more_than_3_wr_to_pch;
    reg more_than_3_rd_ap_to_act;
    reg more_than_3_wr_ap_to_act;
    reg more_than_3_pch_to_act;
    reg more_than_3_act_to_act_diff_bank;
    reg more_than_3_four_act_to_act;
    
    always @ (posedge ctl_clk or negedge ctl_reset_n)
    begin
        if (!ctl_reset_n)
        begin
            more_than_3_act_to_rdwr          <= 1'b0;
            more_than_3_act_to_pch           <= 1'b0;
            more_than_3_act_to_act           <= 1'b0;
            more_than_3_rd_to_rd             <= 1'b0;
            more_than_3_rd_to_wr             <= 1'b0;
            more_than_3_rd_to_wr_bc          <= 1'b0;
            more_than_3_rd_to_pch            <= 1'b0;
            more_than_3_wr_to_wr             <= 1'b0;
            more_than_3_wr_to_rd             <= 1'b0;
            more_than_3_wr_to_pch            <= 1'b0;
            more_than_3_rd_ap_to_act         <= 1'b0;
            more_than_3_wr_ap_to_act         <= 1'b0;
            more_than_3_pch_to_act           <= 1'b0;
            more_than_3_act_to_act_diff_bank <= 1'b0;
            more_than_3_four_act_to_act      <= 1'b0;
        end
        else
        begin
            // act_to_rdwr
            if (act_to_rdwr >= 3)
                more_than_3_act_to_rdwr <= 1'b1;
            else
                more_than_3_act_to_rdwr <= 1'b0;
            
            // act_to_pch
            if (act_to_pch >= 3)
                more_than_3_act_to_pch <= 1'b1;
            else
                more_than_3_act_to_pch <= 1'b0;
            
            // act_to_act
            if (act_to_act >= 3)
                more_than_3_act_to_act <= 1'b1;
            else
                more_than_3_act_to_act <= 1'b0;
            
            // rd_to_rd
            if (rd_to_rd >= 3)
                more_than_3_rd_to_rd <= 1'b1;
            else
                more_than_3_rd_to_rd <= 1'b0;
            
            // rd_to_wr
            if (rd_to_wr >= 3)
                more_than_3_rd_to_wr <= 1'b1;
            else
                more_than_3_rd_to_wr <= 1'b0;
            
            // rd_to_wr_bc
            if (rd_to_wr_bc >= 3)
                more_than_3_rd_to_wr_bc <= 1'b1;
            else
                more_than_3_rd_to_wr_bc <= 1'b0;
            
            // rd_to_pch
            if (rd_to_pch >= 3)
                more_than_3_rd_to_pch <= 1'b1;
            else
                more_than_3_rd_to_pch <= 1'b0;
            
            // wr_to_wr
            if (wr_to_wr >= 3)
                more_than_3_wr_to_wr <= 1'b1;
            else
                more_than_3_wr_to_wr <= 1'b0;
            
            // wr_to_rd
            if (wr_to_rd >= 3)
                more_than_3_wr_to_rd <= 1'b1;
            else
                more_than_3_wr_to_rd <= 1'b0;
            
            // wr_to_pch
            if (wr_to_pch >= 3)
                more_than_3_wr_to_pch <= 1'b1;
            else
                more_than_3_wr_to_pch <= 1'b0;
            
            // rd_ap_to_act
            if (rd_ap_to_act >= 3)
                more_than_3_rd_ap_to_act <= 1'b1;
            else
                more_than_3_rd_ap_to_act <= 1'b0;
            
            // wr_ap_to_act
            if (wr_ap_to_act >= 3)
                more_than_3_wr_ap_to_act <= 1'b1;
            else
                more_than_3_wr_ap_to_act <= 1'b0;
            
            // pch_to_act
            if (pch_to_act >= 3)
                more_than_3_pch_to_act <= 1'b1;
            else
                more_than_3_pch_to_act <= 1'b0;
            
            // act_to_act_diff_bank
            if (act_to_act_diff_bank >= 3)
                more_than_3_act_to_act_diff_bank <= 1'b1;
            else
                more_than_3_act_to_act_diff_bank <= 1'b0;
            
            // four_act_to_act
            if (four_act_to_act >= 3)
                more_than_3_four_act_to_act <= 1'b1;
            else
                more_than_3_four_act_to_act <= 1'b0;
        end
    end
    
    reg less_than_3_act_to_rdwr;
    reg less_than_3_act_to_pch;
    reg less_than_3_act_to_act;
    reg less_than_3_rd_to_rd;
    reg less_than_3_rd_to_wr;
    reg less_than_3_rd_to_wr_bc;
    reg less_than_3_rd_to_pch;
    reg less_than_3_wr_to_wr;
    reg less_than_3_wr_to_rd;
    reg less_than_3_wr_to_rd_diff_chips;
    reg less_than_3_wr_to_pch;
    reg less_than_3_rd_ap_to_act;
    reg less_than_3_wr_ap_to_act;
    reg less_than_3_pch_to_act;
    reg less_than_3_act_to_act_diff_bank;
    reg less_than_3_four_act_to_act;
    
    always @ (posedge ctl_clk or negedge ctl_reset_n)
    begin
        if (!ctl_reset_n)
        begin
            less_than_3_act_to_rdwr          <= 1'b0;
            less_than_3_act_to_pch           <= 1'b0;
            less_than_3_act_to_act           <= 1'b0;
            less_than_3_rd_to_rd             <= 1'b0;
            less_than_3_rd_to_wr             <= 1'b0;
            less_than_3_rd_to_wr_bc          <= 1'b0;
            less_than_3_rd_to_pch            <= 1'b0;
            less_than_3_wr_to_wr             <= 1'b0;
            less_than_3_wr_to_rd             <= 1'b0;
            less_than_3_wr_to_rd_diff_chips  <= 1'b0;
            less_than_3_wr_to_pch            <= 1'b0;
            less_than_3_rd_ap_to_act         <= 1'b0;
            less_than_3_wr_ap_to_act         <= 1'b0;
            less_than_3_pch_to_act           <= 1'b0;
            less_than_3_act_to_act_diff_bank <= 1'b0;
            less_than_3_four_act_to_act      <= 1'b0;
        end
        else
        begin
            // act_to_rdwr
            if (act_to_rdwr <= 3)
                less_than_3_act_to_rdwr <= 1'b1;
            else
                less_than_3_act_to_rdwr <= 1'b0;
            
            // act_to_pch
            if (act_to_pch <= 3)
                less_than_3_act_to_pch <= 1'b1;
            else
                less_than_3_act_to_pch <= 1'b0;
            
            // act_to_act
            if (act_to_act <= 3)
                less_than_3_act_to_act <= 1'b1;
            else
                less_than_3_act_to_act <= 1'b0;
            
            // rd_to_rd
            if (rd_to_rd <= 3)
                less_than_3_rd_to_rd <= 1'b1;
            else
                less_than_3_rd_to_rd <= 1'b0;
            
            // rd_to_wr
            if (rd_to_wr <= 3)
                less_than_3_rd_to_wr <= 1'b1;
            else
                less_than_3_rd_to_wr <= 1'b0;
            
            // rd_to_wr_bc
            if (rd_to_wr_bc <= 3)
                less_than_3_rd_to_wr_bc <= 1'b1;
            else
                less_than_3_rd_to_wr_bc <= 1'b0;
            
            // rd_to_pch
            if (rd_to_pch <= 3)
                less_than_3_rd_to_pch <= 1'b1;
            else
                less_than_3_rd_to_pch <= 1'b0;
            
            // wr_to_wr
            if (wr_to_wr <= 3)
                less_than_3_wr_to_wr <= 1'b1;
            else
                less_than_3_wr_to_wr <= 1'b0;
            
            // wr_to_rd
            if (wr_to_rd <= 3)
                less_than_3_wr_to_rd <= 1'b1;
            else
                less_than_3_wr_to_rd <= 1'b0;
            
            // wr_to_rd_diff_chips
            if (wr_to_rd_diff_chips <= 3)
                less_than_3_wr_to_rd_diff_chips <= 1'b1;
            else
                less_than_3_wr_to_rd_diff_chips <= 1'b0;
            
            // wr_to_pch
            if (wr_to_pch <= 3)
                less_than_3_wr_to_pch <= 1'b1;
            else
                less_than_3_wr_to_pch <= 1'b0;
            
            // rd_ap_to_act
            if (rd_ap_to_act <= 3)
                less_than_3_rd_ap_to_act <= 1'b1;
            else
                less_than_3_rd_ap_to_act <= 1'b0;
            
            // wr_ap_to_act
            if (wr_ap_to_act <= 3)
                less_than_3_wr_ap_to_act <= 1'b1;
            else
                less_than_3_wr_ap_to_act <= 1'b0;
            
            // pch_to_act
            if (pch_to_act <= 3)
                less_than_3_pch_to_act <= 1'b1;
            else
                less_than_3_pch_to_act <= 1'b0;
            
            // act_to_act_diff_bank
            if (act_to_act_diff_bank <= 3)
                less_than_3_act_to_act_diff_bank <= 1'b1;
            else
                less_than_3_act_to_act_diff_bank <= 1'b0;
            
            // four_act_to_act
            if (four_act_to_act <= 3)
                less_than_3_four_act_to_act <= 1'b1;
            else
                less_than_3_four_act_to_act <= 1'b0;
        end
    end
    
    reg more_than_4_act_to_rdwr;
    reg more_than_4_act_to_pch;
    reg more_than_4_act_to_act;
    reg more_than_4_rd_to_rd;
    reg more_than_4_rd_to_wr;
    reg more_than_4_rd_to_wr_bc;
    reg more_than_4_rd_to_pch;
    reg more_than_4_wr_to_wr;
    reg more_than_4_wr_to_rd;
    reg more_than_4_wr_to_pch;
    reg more_than_4_rd_ap_to_act;
    reg more_than_4_wr_ap_to_act;
    reg more_than_4_pch_to_act;
    reg more_than_4_act_to_act_diff_bank;
    reg more_than_4_four_act_to_act;
    
    always @ (posedge ctl_clk or negedge ctl_reset_n)
    begin
        if (!ctl_reset_n)
        begin
            more_than_4_act_to_rdwr          <= 1'b0;
            more_than_4_act_to_pch           <= 1'b0;
            more_than_4_act_to_act           <= 1'b0;
            more_than_4_rd_to_rd             <= 1'b0;
            more_than_4_rd_to_wr             <= 1'b0;
            more_than_4_rd_to_wr_bc          <= 1'b0;
            more_than_4_rd_to_pch            <= 1'b0;
            more_than_4_wr_to_wr             <= 1'b0;
            more_than_4_wr_to_rd             <= 1'b0;
            more_than_4_wr_to_pch            <= 1'b0;
            more_than_4_rd_ap_to_act         <= 1'b0;
            more_than_4_wr_ap_to_act         <= 1'b0;
            more_than_4_pch_to_act           <= 1'b0;
            more_than_4_act_to_act_diff_bank <= 1'b0;
            more_than_4_four_act_to_act      <= 1'b0;
        end
        else
        begin
            // act_to_rdwr
            if (act_to_rdwr >= 4)
                more_than_4_act_to_rdwr <= 1'b1;
            else
                more_than_4_act_to_rdwr <= 1'b0;
            
            // act_to_pch
            if (act_to_pch >= 4)
                more_than_4_act_to_pch <= 1'b1;
            else
                more_than_4_act_to_pch <= 1'b0;
            
            // act_to_act
            if (act_to_act >= 4)
                more_than_4_act_to_act <= 1'b1;
            else
                more_than_4_act_to_act <= 1'b0;
            
            // rd_to_rd
            if (rd_to_rd >= 4)
                more_than_4_rd_to_rd <= 1'b1;
            else
                more_than_4_rd_to_rd <= 1'b0;
            
            // rd_to_wr
            if (rd_to_wr >= 4)
                more_than_4_rd_to_wr <= 1'b1;
            else
                more_than_4_rd_to_wr <= 1'b0;
            
            // rd_to_wr_bc
            if (rd_to_wr_bc >= 4)
                more_than_4_rd_to_wr_bc <= 1'b1;
            else
                more_than_4_rd_to_wr_bc <= 1'b0;
            
            // rd_to_pch
            if (rd_to_pch >= 4)
                more_than_4_rd_to_pch <= 1'b1;
            else
                more_than_4_rd_to_pch <= 1'b0;
            
            // wr_to_wr
            if (wr_to_wr >= 4)
                more_than_4_wr_to_wr <= 1'b1;
            else
                more_than_4_wr_to_wr <= 1'b0;
            
            // wr_to_rd
            if (wr_to_rd >= 4)
                more_than_4_wr_to_rd <= 1'b1;
            else
                more_than_4_wr_to_rd <= 1'b0;
            
            // wr_to_pch
            if (wr_to_pch >= 4)
                more_than_4_wr_to_pch <= 1'b1;
            else
                more_than_4_wr_to_pch <= 1'b0;
            
            // rd_ap_to_act
            if (rd_ap_to_act >= 4)
                more_than_4_rd_ap_to_act <= 1'b1;
            else
                more_than_4_rd_ap_to_act <= 1'b0;
            
            // wr_ap_to_act
            if (wr_ap_to_act >= 4)
                more_than_4_wr_ap_to_act <= 1'b1;
            else
                more_than_4_wr_ap_to_act <= 1'b0;
            
            // pch_to_act
            if (pch_to_act >= 4)
                more_than_4_pch_to_act <= 1'b1;
            else
                more_than_4_pch_to_act <= 1'b0;
            
            // act_to_act_diff_bank
            if (act_to_act_diff_bank >= 4)
                more_than_4_act_to_act_diff_bank <= 1'b1;
            else
                more_than_4_act_to_act_diff_bank <= 1'b0;
            
            // four_act_to_act
            if (four_act_to_act >= 4)
                more_than_4_four_act_to_act <= 1'b1;
            else
                more_than_4_four_act_to_act <= 1'b0;
        end
    end
    
    reg less_than_4_act_to_rdwr;
    reg less_than_4_act_to_pch;
    reg less_than_4_act_to_act;
    reg less_than_4_rd_to_rd;
    reg less_than_4_rd_to_wr;
    reg less_than_4_rd_to_wr_bc;
    reg less_than_4_rd_to_pch;
    reg less_than_4_wr_to_wr;
    reg less_than_4_wr_to_rd;
    reg less_than_4_wr_to_rd_diff_chips;
    reg less_than_4_wr_to_pch;
    reg less_than_4_rd_ap_to_act;
    reg less_than_4_wr_ap_to_act;
    reg less_than_4_pch_to_act;
    reg less_than_4_act_to_act_diff_bank;
    reg less_than_4_four_act_to_act;
    
    always @ (posedge ctl_clk or negedge ctl_reset_n)
    begin
        if (!ctl_reset_n)
        begin
            less_than_4_act_to_rdwr          <= 1'b0;
            less_than_4_act_to_pch           <= 1'b0;
            less_than_4_act_to_act           <= 1'b0;
            less_than_4_rd_to_rd             <= 1'b0;
            less_than_4_rd_to_wr             <= 1'b0;
            less_than_4_rd_to_wr_bc          <= 1'b0;
            less_than_4_rd_to_pch            <= 1'b0;
            less_than_4_wr_to_wr             <= 1'b0;
            less_than_4_wr_to_rd             <= 1'b0;
            less_than_4_wr_to_rd_diff_chips  <= 1'b0;
            less_than_4_wr_to_pch            <= 1'b0;
            less_than_4_rd_ap_to_act         <= 1'b0;
            less_than_4_wr_ap_to_act         <= 1'b0;
            less_than_4_pch_to_act           <= 1'b0;
            less_than_4_act_to_act_diff_bank <= 1'b0;
            less_than_4_four_act_to_act      <= 1'b0;
        end
        else
        begin
            // act_to_rdwr
            if (act_to_rdwr <= 4)
                less_than_4_act_to_rdwr <= 1'b1;
            else
                less_than_4_act_to_rdwr <= 1'b0;
            
            // act_to_pch
            if (act_to_pch <= 4)
                less_than_4_act_to_pch <= 1'b1;
            else
                less_than_4_act_to_pch <= 1'b0;
            
            // act_to_act
            if (act_to_act <= 4)
                less_than_4_act_to_act <= 1'b1;
            else
                less_than_4_act_to_act <= 1'b0;
            
            // rd_to_rd
            if (rd_to_rd <= 4)
                less_than_4_rd_to_rd <= 1'b1;
            else
                less_than_4_rd_to_rd <= 1'b0;
            
            // rd_to_wr
            if (rd_to_wr <= 4)
                less_than_4_rd_to_wr <= 1'b1;
            else
                less_than_4_rd_to_wr <= 1'b0;
            
            // rd_to_wr_bc
            if (rd_to_wr_bc <= 4)
                less_than_4_rd_to_wr_bc <= 1'b1;
            else
                less_than_4_rd_to_wr_bc <= 1'b0;
            
            // rd_to_pch
            if (rd_to_pch <= 4)
                less_than_4_rd_to_pch <= 1'b1;
            else
                less_than_4_rd_to_pch <= 1'b0;
            
            // wr_to_wr
            if (wr_to_wr <= 4)
                less_than_4_wr_to_wr <= 1'b1;
            else
                less_than_4_wr_to_wr <= 1'b0;
            
            // wr_to_rd
            if (wr_to_rd <= 4)
                less_than_4_wr_to_rd <= 1'b1;
            else
                less_than_4_wr_to_rd <= 1'b0;
            
            // wr_to_rd_diff_chips
            if (wr_to_rd_diff_chips <= 4)
                less_than_4_wr_to_rd_diff_chips <= 1'b1;
            else
                less_than_4_wr_to_rd_diff_chips <= 1'b0;
            
            // wr_to_pch
            if (wr_to_pch <= 4)
                less_than_4_wr_to_pch <= 1'b1;
            else
                less_than_4_wr_to_pch <= 1'b0;
            
            // rd_ap_to_act
            if (rd_ap_to_act <= 4)
                less_than_4_rd_ap_to_act <= 1'b1;
            else
                less_than_4_rd_ap_to_act <= 1'b0;
            
            // wr_ap_to_act
            if (wr_ap_to_act <= 4)
                less_than_4_wr_ap_to_act <= 1'b1;
            else
                less_than_4_wr_ap_to_act <= 1'b0;
            
            // pch_to_act
            if (pch_to_act <= 4)
                less_than_4_pch_to_act <= 1'b1;
            else
                less_than_4_pch_to_act <= 1'b0;
            
            // act_to_act_diff_bank
            if (act_to_act_diff_bank <= 4)
                less_than_4_act_to_act_diff_bank <= 1'b1;
            else
                less_than_4_act_to_act_diff_bank <= 1'b0;
            
            // four_act_to_act
            if (four_act_to_act <= 4)
                less_than_4_four_act_to_act <= 1'b1;
            else
                less_than_4_four_act_to_act <= 1'b0;
        end
    end
    
    reg more_than_5_act_to_rdwr;
    reg more_than_5_act_to_pch;
    reg more_than_5_act_to_act;
    reg more_than_5_rd_to_rd;
    reg more_than_5_rd_to_wr;
    reg more_than_5_rd_to_wr_bc;
    reg more_than_5_rd_to_pch;
    reg more_than_5_wr_to_wr;
    reg more_than_5_wr_to_rd;
    reg more_than_5_wr_to_pch;
    reg more_than_5_rd_ap_to_act;
    reg more_than_5_wr_ap_to_act;
    reg more_than_5_pch_to_act;
    reg more_than_5_act_to_act_diff_bank;
    reg more_than_5_four_act_to_act;
    
    always @ (posedge ctl_clk or negedge ctl_reset_n)
    begin
        if (!ctl_reset_n)
        begin
            more_than_5_act_to_rdwr          <= 1'b0;
            more_than_5_act_to_pch           <= 1'b0;
            more_than_5_act_to_act           <= 1'b0;
            more_than_5_rd_to_rd             <= 1'b0;
            more_than_5_rd_to_wr             <= 1'b0;
            more_than_5_rd_to_wr_bc          <= 1'b0;
            more_than_5_rd_to_pch            <= 1'b0;
            more_than_5_wr_to_wr             <= 1'b0;
            more_than_5_wr_to_rd             <= 1'b0;
            more_than_5_wr_to_pch            <= 1'b0;
            more_than_5_rd_ap_to_act         <= 1'b0;
            more_than_5_wr_ap_to_act         <= 1'b0;
            more_than_5_pch_to_act           <= 1'b0;
            more_than_5_act_to_act_diff_bank <= 1'b0;
            more_than_5_four_act_to_act      <= 1'b0;
        end
        else
        begin
            // act_to_rdwr
            if (act_to_rdwr >= 5)
                more_than_5_act_to_rdwr <= 1'b1;
            else
                more_than_5_act_to_rdwr <= 1'b0;
            
            // act_to_pch
            if (act_to_pch >= 5)
                more_than_5_act_to_pch <= 1'b1;
            else
                more_than_5_act_to_pch <= 1'b0;
            
            // act_to_act
            if (act_to_act >= 5)
                more_than_5_act_to_act <= 1'b1;
            else
                more_than_5_act_to_act <= 1'b0;
            
            // rd_to_rd
            if (rd_to_rd >= 5)
                more_than_5_rd_to_rd <= 1'b1;
            else
                more_than_5_rd_to_rd <= 1'b0;
            
            // rd_to_wr
            if (rd_to_wr >= 5)
                more_than_5_rd_to_wr <= 1'b1;
            else
                more_than_5_rd_to_wr <= 1'b0;
            
            // rd_to_wr_bc
            if (rd_to_wr_bc >= 5)
                more_than_5_rd_to_wr_bc <= 1'b1;
            else
                more_than_5_rd_to_wr_bc <= 1'b0;
            
            // rd_to_pch
            if (rd_to_pch >= 5)
                more_than_5_rd_to_pch <= 1'b1;
            else
                more_than_5_rd_to_pch <= 1'b0;
            
            // wr_to_wr
            if (wr_to_wr >= 5)
                more_than_5_wr_to_wr <= 1'b1;
            else
                more_than_5_wr_to_wr <= 1'b0;
            
            // wr_to_rd
            if (wr_to_rd >= 5)
                more_than_5_wr_to_rd <= 1'b1;
            else
                more_than_5_wr_to_rd <= 1'b0;
            
            // wr_to_pch
            if (wr_to_pch >= 5)
                more_than_5_wr_to_pch <= 1'b1;
            else
                more_than_5_wr_to_pch <= 1'b0;
            
            // rd_ap_to_act
            if (rd_ap_to_act >= 5)
                more_than_5_rd_ap_to_act <= 1'b1;
            else
                more_than_5_rd_ap_to_act <= 1'b0;
            
            // wr_ap_to_act
            if (wr_ap_to_act >= 5)
                more_than_5_wr_ap_to_act <= 1'b1;
            else
                more_than_5_wr_ap_to_act <= 1'b0;
            
            // pch_to_act
            if (pch_to_act >= 5)
                more_than_5_pch_to_act <= 1'b1;
            else
                more_than_5_pch_to_act <= 1'b0;
            
            // act_to_act_diff_bank
            if (act_to_act_diff_bank >= 5)
                more_than_5_act_to_act_diff_bank <= 1'b1;
            else
                more_than_5_act_to_act_diff_bank <= 1'b0;
            
            // four_act_to_act
            if (four_act_to_act >= 5)
                more_than_5_four_act_to_act <= 1'b1;
            else
                more_than_5_four_act_to_act <= 1'b0;
        end
    end
    
    reg less_than_5_act_to_rdwr;
    reg less_than_5_act_to_pch;
    reg less_than_5_act_to_act;
    reg less_than_5_rd_to_rd;
    reg less_than_5_rd_to_wr;
    reg less_than_5_rd_to_wr_bc;
    reg less_than_5_rd_to_pch;
    reg less_than_5_wr_to_wr;
    reg less_than_5_wr_to_rd;
    reg less_than_5_wr_to_rd_diff_chips;
    reg less_than_5_wr_to_pch;
    reg less_than_5_rd_ap_to_act;
    reg less_than_5_wr_ap_to_act;
    reg less_than_5_pch_to_act;
    reg less_than_5_act_to_act_diff_bank;
    reg less_than_5_four_act_to_act;
    
    always @ (posedge ctl_clk or negedge ctl_reset_n)
    begin
        if (!ctl_reset_n)
        begin
            less_than_5_act_to_rdwr          <= 1'b0;
            less_than_5_act_to_pch           <= 1'b0;
            less_than_5_act_to_act           <= 1'b0;
            less_than_5_rd_to_rd             <= 1'b0;
            less_than_5_rd_to_wr             <= 1'b0;
            less_than_5_rd_to_wr_bc          <= 1'b0;
            less_than_5_rd_to_pch            <= 1'b0;
            less_than_5_wr_to_wr             <= 1'b0;
            less_than_5_wr_to_rd             <= 1'b0;
            less_than_5_wr_to_rd_diff_chips  <= 1'b0;
            less_than_5_wr_to_pch            <= 1'b0;
            less_than_5_rd_ap_to_act         <= 1'b0;
            less_than_5_wr_ap_to_act         <= 1'b0;
            less_than_5_pch_to_act           <= 1'b0;
            less_than_5_act_to_act_diff_bank <= 1'b0;
            less_than_5_four_act_to_act      <= 1'b0;
        end
        else
        begin
            // act_to_rdwr
            if (act_to_rdwr <= 5)
                less_than_5_act_to_rdwr <= 1'b1;
            else
                less_than_5_act_to_rdwr <= 1'b0;
            
            // act_to_pch
            if (act_to_pch <= 5)
                less_than_5_act_to_pch <= 1'b1;
            else
                less_than_5_act_to_pch <= 1'b0;
            
            // act_to_act
            if (act_to_act <= 5)
                less_than_5_act_to_act <= 1'b1;
            else
                less_than_5_act_to_act <= 1'b0;
            
            // rd_to_rd
            if (rd_to_rd <= 5)
                less_than_5_rd_to_rd <= 1'b1;
            else
                less_than_5_rd_to_rd <= 1'b0;
            
            // rd_to_wr
            if (rd_to_wr <= 5)
                less_than_5_rd_to_wr <= 1'b1;
            else
                less_than_5_rd_to_wr <= 1'b0;
            
            // rd_to_wr_bc
            if (rd_to_wr_bc <= 5)
                less_than_5_rd_to_wr_bc <= 1'b1;
            else
                less_than_5_rd_to_wr_bc <= 1'b0;
            
            // rd_to_pch
            if (rd_to_pch <= 5)
                less_than_5_rd_to_pch <= 1'b1;
            else
                less_than_5_rd_to_pch <= 1'b0;
            
            // wr_to_wr
            if (wr_to_wr <= 5)
                less_than_5_wr_to_wr <= 1'b1;
            else
                less_than_5_wr_to_wr <= 1'b0;
            
            // wr_to_rd
            if (wr_to_rd <= 5)
                less_than_5_wr_to_rd <= 1'b1;
            else
                less_than_5_wr_to_rd <= 1'b0;
            
            // wr_to_rd_diff_chips
            if (wr_to_rd_diff_chips <= 5)
                less_than_5_wr_to_rd_diff_chips <= 1'b1;
            else
                less_than_5_wr_to_rd_diff_chips <= 1'b0;
            
            // wr_to_pch
            if (wr_to_pch <= 5)
                less_than_5_wr_to_pch <= 1'b1;
            else
                less_than_5_wr_to_pch <= 1'b0;
            
            // rd_ap_to_act
            if (rd_ap_to_act <= 5)
                less_than_5_rd_ap_to_act <= 1'b1;
            else
                less_than_5_rd_ap_to_act <= 1'b0;
            
            // wr_ap_to_act
            if (wr_ap_to_act <= 5)
                less_than_5_wr_ap_to_act <= 1'b1;
            else
                less_than_5_wr_ap_to_act <= 1'b0;
            
            // pch_to_act
            if (pch_to_act <= 5)
                less_than_5_pch_to_act <= 1'b1;
            else
                less_than_5_pch_to_act <= 1'b0;
            
            // act_to_act_diff_bank
            if (act_to_act_diff_bank <= 5)
                less_than_5_act_to_act_diff_bank <= 1'b1;
            else
                less_than_5_act_to_act_diff_bank <= 1'b0;
            
            // four_act_to_act
            if (four_act_to_act <= 5)
                less_than_5_four_act_to_act <= 1'b1;
            else
                less_than_5_four_act_to_act <= 1'b0;
        end
    end
    
/*------------------------------------------------------------------------------

    [END] More / Less Compare Logic

------------------------------------------------------------------------------*/

//---------------------------------------------------------------------------------------------------------------------------------------------------------------------------





endmodule